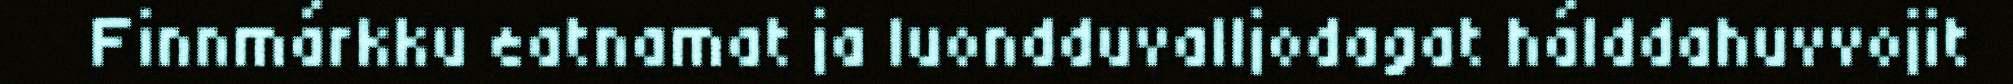
Finnmárkku eatnamat ja luondduvalljodagat hálddahuvvojit